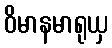
ဝိမာနမာရုယှ